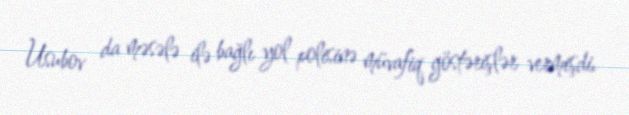
Usubov da məsələ ilə bağlı yol polisinə müvafiq göstərişlər vermişdi.